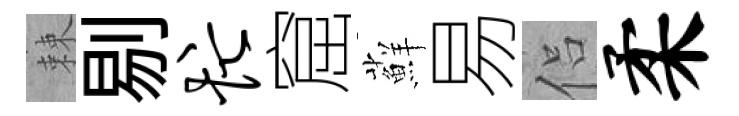
棘剔忙窟蘚易侣柔